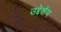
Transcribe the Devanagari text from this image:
उद्देशेय